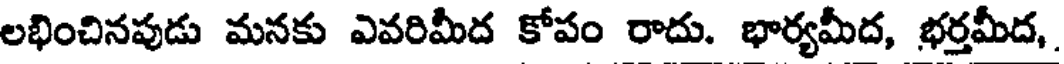
లభించినపుడు మనకు ఎవరిమీద కోపం రాదు. భార్యమీద, భర్తమీద,